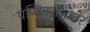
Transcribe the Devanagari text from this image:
पण्डितराजोत्तर